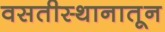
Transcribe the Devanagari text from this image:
वसतीस्थानातून